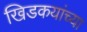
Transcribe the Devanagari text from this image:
खिडकयांच्या